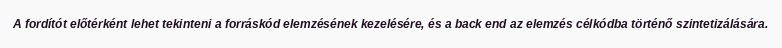
A fordítót előtérként lehet tekinteni a forráskód elemzésének kezelésére, és a back end az elemzés célkódba történő szintetizálására.